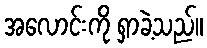
အလောင်းကို ရှာခဲ့သည်။